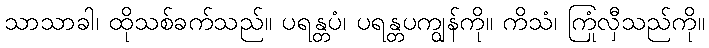
သာသာခါ၊ ထိုသစ်ခက်သည်။ ပရန္တပံ၊ ပရန္တပကျွန်ကို။ ကိသံ၊ ကြုံလှီသည်ကို။